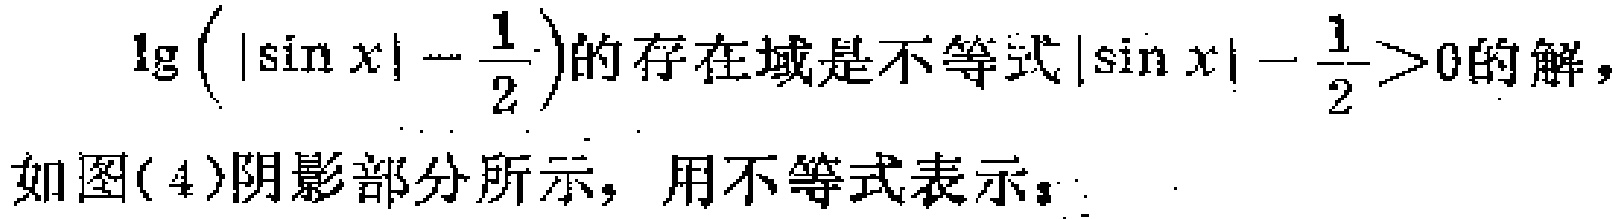
\(\lg\left(|\sin x| - \frac{1}{2}\right)\)的存在域是不等式\(|\sin x| - \frac{1}{2}>0\)的解，

如图(4)阴影部分所示，用不等式表示：